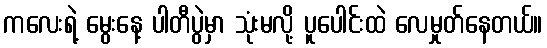
ကလေးရဲ့ မွေးနေ့ ပါတီပွဲမှာ သုံးမလို့ ပူပေါင်းထဲ လေမှုတ်နေတယ်။